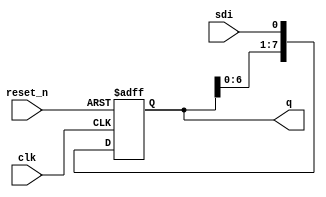
module sipo(
	input reset_n,
	input clk,
    input sdi,
	output reg [7:0] q
    );
	always @(posedge clk or negedge reset_n) begin
	    if (!reset_n)
		    q <= 8'b0;
	    else
		    q[7:0] <= {q[6:0], sdi};
	end
endmodule